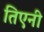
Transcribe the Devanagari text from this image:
तिएनी